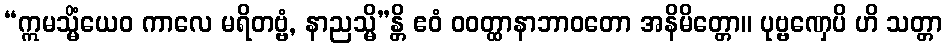
“ဣမသ္မိံယေဝ ကာလေ မရိတဗ္ဗံ, နာညသ္မိ”န္တိ ဧဝံ ဝဝတ္ထာနာဘာဝတော အနိမိတ္တော။ ပုဗ္ဗဏှေပိ ဟိ သတ္တာ